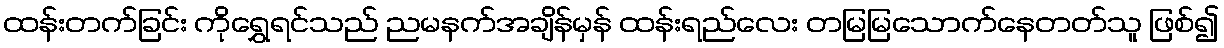
ထန်းတက်ခြင်း ကိုရွှေရင်သည် ညမနက်အချိန်မှန် ထန်းရည်လေး တမြမြသောက်နေတတ်သူ ဖြစ်၍